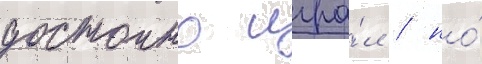
достоино игра́л / но́